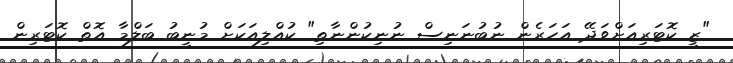
"ޒީ ކޮޓަރިއަށްވަދޭ އަހަރެން ނުބުނަނިސް ނުނިކުންނާތި" ކުއްލިއަކަށް މުނީބު ބަލްމާ އޮތް ކޮޓަރިން